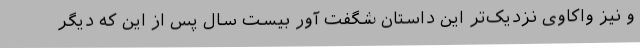
و نیز واکاوی نزدیک‌تر این داستان شگفت آور بیست سال پس از این که دیگر